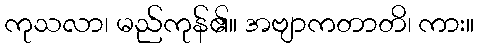
ကုသလာ၊ မည်ကုန်၏။ အဗျာကတာတိ၊ ကား။